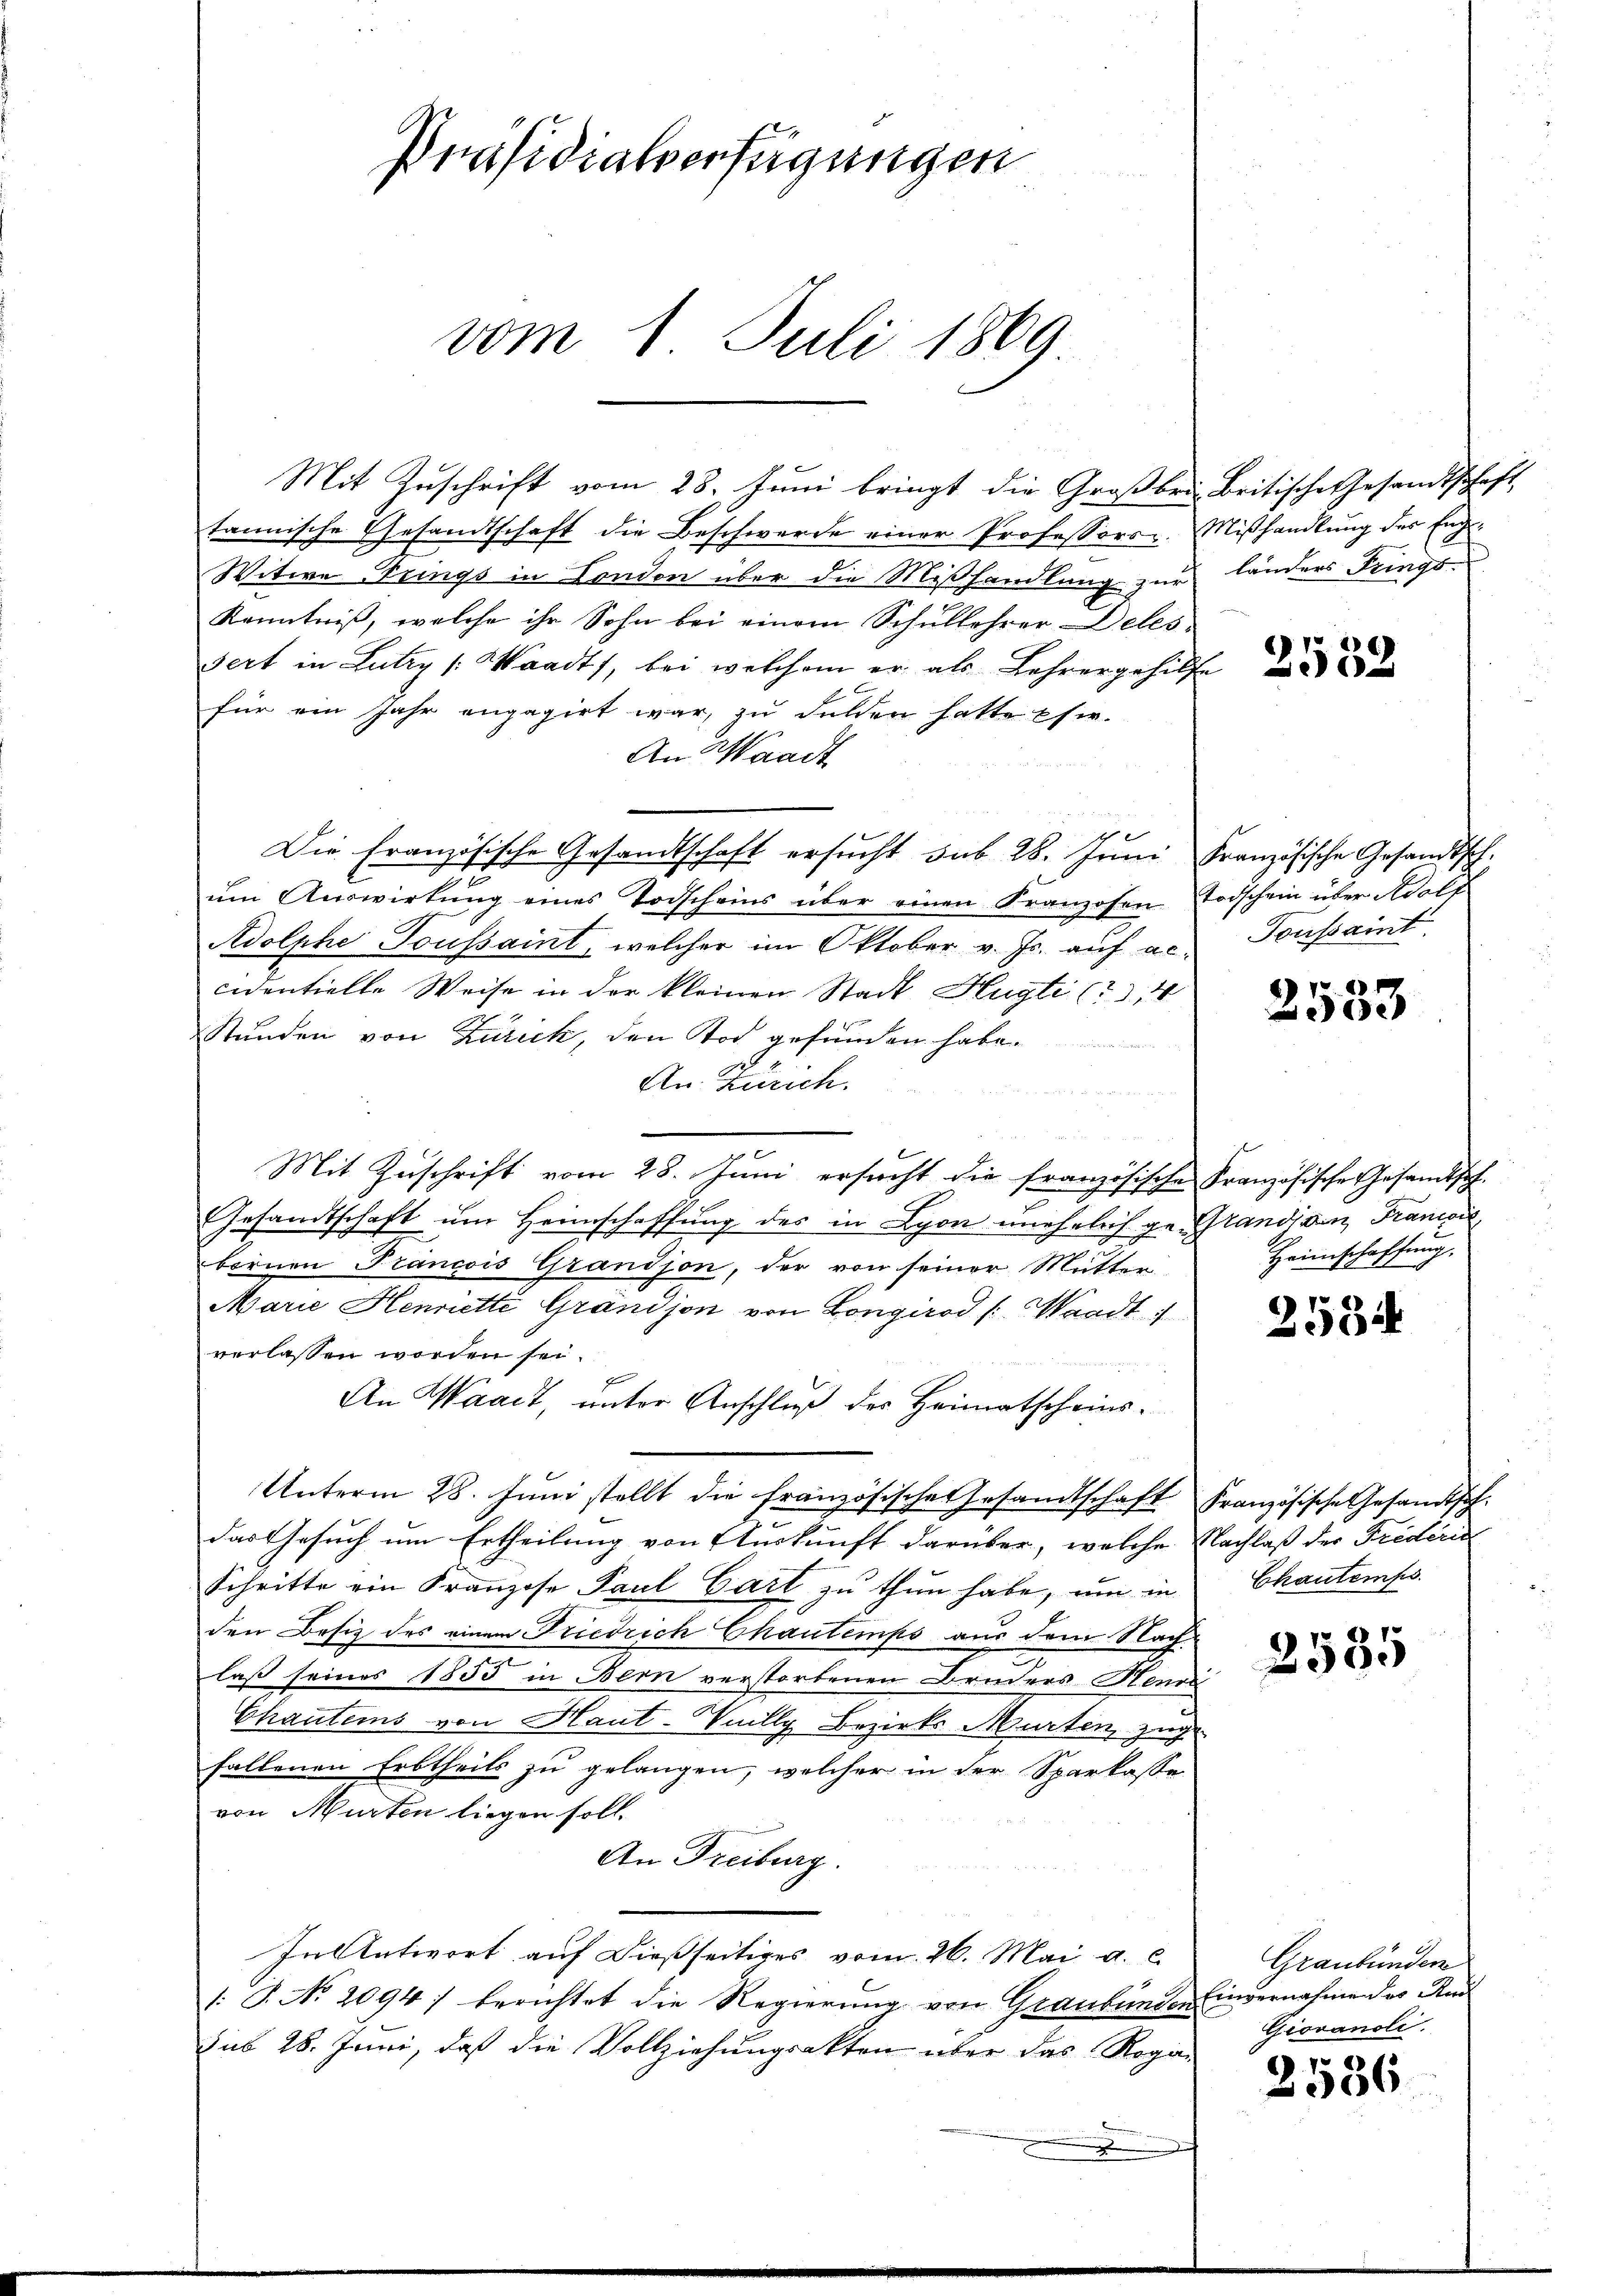
Präsidialverfügungen
vom 1. Juli 1869

Mit Zuschrift vom 28. Juni bringt die Großbris Britische Gesandtschaft,
tannische Gesandtschaft die Beschwerde einer Professors. Mißhandlung des Eng¬
Witwe Trings in London über die Mißhandlung zur länders Tungs¬
Kenntniß, welche ihr Sohn bei einem Schullehrer Deles
sert in Lutry (Waadt, bei welchem er als Lehrergehilfe
für ein Jahr engagirt war, zu dulden hatte Eher-
An Waadt
Die Französische Gesandtschaft ersucht sub 28. Juni Französische Gesandtsch.
um Auswirkung eines Todscheins über einen Franzosen Todschein über Adolf
Adolphe Toussait, welcher im Oktober v. Js. auf ac.
cidentielle Weise in der kleinen Stadt Hugte (134
Stunden von Zürick, den Tod gefunden habe.
An Zürich.
u

Mit Zuschrift vom 28. Juni ersucht die französische Französische Gesandtsch-
Gesandtschaft um Hein
schaffung des in Lyon unehelich geländigen Francoil,
bornen Francois Grandson, der von seiner Mutter
Marie Henriette Grandson von Longirod /: Waadt.4
verlassen worden sei.
An Waadt, unter Anschluß des Heimatscheins¬
Unterm 28. Juni stellt die französische Gesandtschaft Französische Gesandtschdas Gesuch um Ertheilung von Auskunft darüber, welche Nachlaß der Frideric
Schritte ein Franzose Paul Gart zu thun habe, um in Chautemps
den Besitz des einem Friedrich Chautemps aus dem Nach
laß seines 1855 in Bern verstorbenen Bruders Henne
Chautens von Haut-Viillg Bezirks Murten zug
fallenen Erbtheils zu gelangen, welcher in der Sparkasse
von Murten liegen soll.
An Freiburg.
In Antwort auf dießseitiges vom 26. Mai a. c.
/: J. No. 2094) berichtet die Regierung von Graubünden Einvernahme des And
sub 28. Juni, daß die Vollziehungsakten über das Roga¬
.

2539

Toussait

e

2553

Heimschaffung.

2534

2585

Graubünden
Giovanoli.

2536